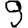
Digit: 9